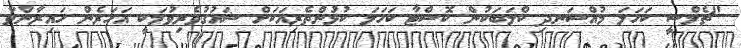
"ޗެލްސީ ކަހަލަ މުއްސަނދި ކްލަބަކުން ކޮސްޓާ ކަހަލަ ކުޅުންތެރިއަކަށް ޝައުގުވެރިވުމަކީ އަހަރެން ހައިރާންވާ